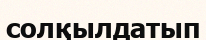
солқылдатып